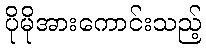
ပိုမိုအားကောင်းသည့်